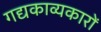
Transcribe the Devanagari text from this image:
गद्यकाव्यकारों